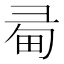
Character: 𢑜